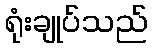
ရုံးချုပ်သည်